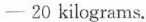
—20 kilograms.